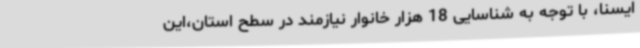
ایسنا، با توجه به شناسایی 18 هزار خانوار نیازمند در سطح استان،این